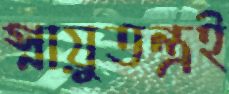
স্নায়ুতন্ত্রই